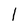
Character: l